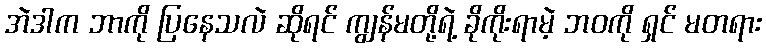
အဲဒါက ဘာကို ပြနေသလဲ ဆိုရင် ကျွန်မတို့ရဲ့ ခိုကိုးရာမဲ့ ဘဝကို ရှင် မတရား